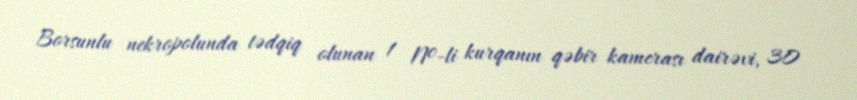
Borsunlu nekropolunda tədqiq olunan 1 №-li kurqanın qəbir kamerası dairəvi, 30